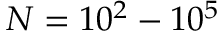
N = 1 0 ^ { 2 } - 1 0 ^ { 5 }